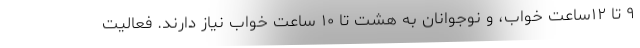
۹ تا ۱۲ساعت خواب، و نوجوانان به هشت تا ۱۰ ساعت خواب نیاز دارند. فعالیت